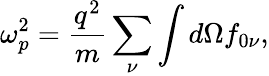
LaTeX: \omega_{p}^{2}=\frac{q^{2}}{m}\sum_{\nu}\int d\Omega f_{0\nu},